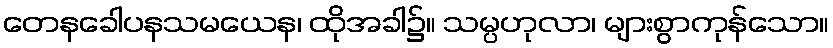
တေနခေါပနသမယေန၊ ထိုအခါ၌။ သမ္ပဟုလာ၊ များစွာကုန်သော။